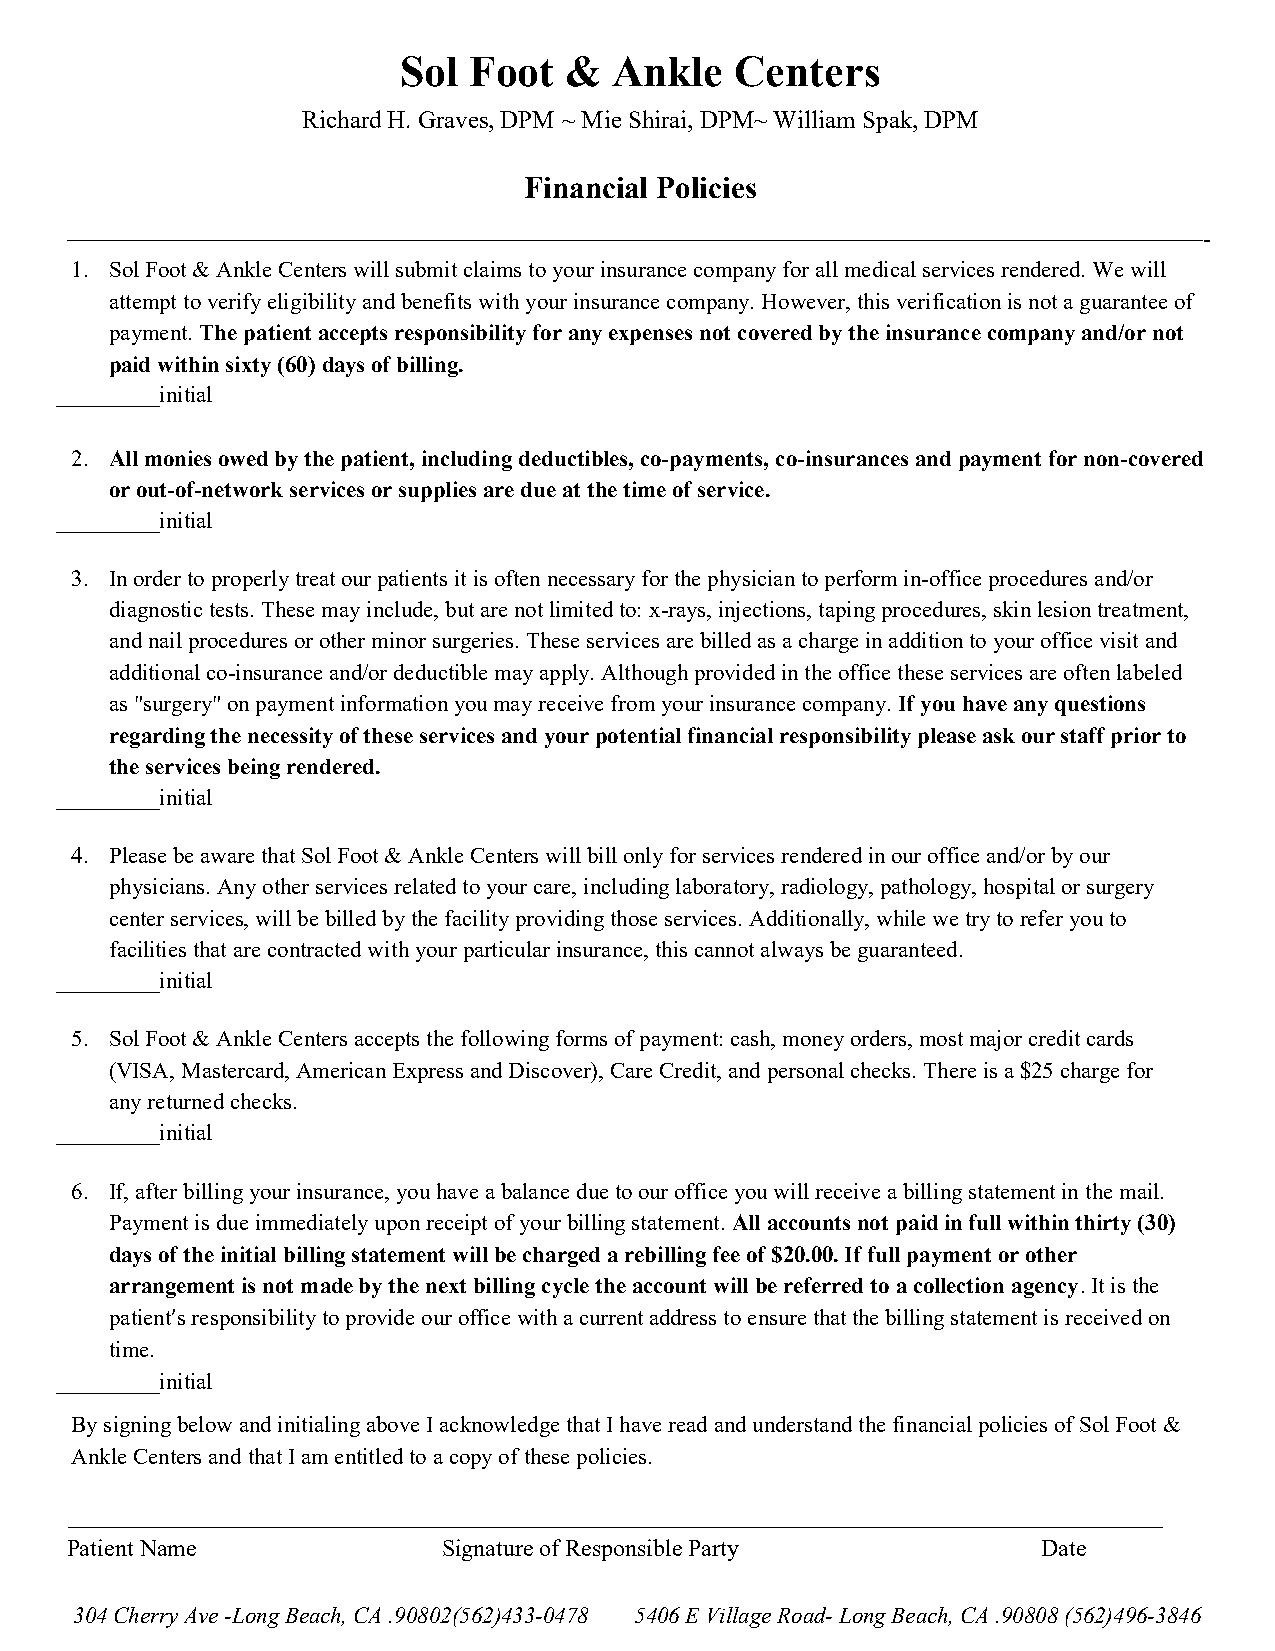
Sol  Foot  &   Ankle   Centers
 Richard H. Graves, DPM ~ Mie Shirai, DPM~ William Spak, DPM
 Financial Policies
 ——————————————————————————————————————————————–—-
 1. Sol Foot & Ankle Centers will submit claims to your insurance company for all medical services rendered. We will
 attempt to verify eligibility and benefits with your insurance company. However, this verification is not a guarantee of
 payment. The patient accepts responsibility for any expenses not covered by the insurance company and/or not
 paid within sixty (60) days of billing.
 _________initial
 2. All monies owed by the patient, including deductibles, co-payments, co-insurances and payment for non-covered
 or out-of-network services or supplies are due at the time of service.
 _________initial
 3. In order to properly treat our patients it is often necessary for the physician to perform in-office procedures and/or
 diagnostic tests. These may include, but are not limited to: x-rays, injections, taping procedures, skin lesion treatment,
 and nail procedures or other minor surgeries. These services are billed as a charge in addition to your office visit and
 additional co-insurance and/or deductible may apply. Although provided in the office these services are often labeled
 as "surgery" on payment information you may receive from your insurance company. If you have any questions
 regarding the necessity of these services and your potential financial responsibility please ask our staff prior to
 the services being rendered.
 _________initial
 4. Please be aware that Sol Foot & Ankle Centers will bill only for services rendered in our office and/or by our
 physicians. Any other services related to your care, including laboratory, radiology, pathology, hospital or surgery
 center services, will be billed by the facility providing those services. Additionally, while we try to refer you to
 facilities that are contracted with your particular insurance, this cannot always be guaranteed.
 _________initial
 5. Sol Foot & Ankle Centers accepts the following forms of payment: cash, money orders, most major credit cards
 (VISA, Mastercard, American Express and Discover), Care Credit, and personal checks. There is a $25 charge for
 any returned checks.
 _________initial
 6. If, after billing your insurance, you have a balance due to our office you will receive a billing statement in the mail.
 Payment is due immediately upon receipt of your billing statement. All accounts not paid in full within thirty (30)
 days of the initial billing statement will be charged a rebilling fee of $20.00. If full payment or other
 arrangement is not made by the next billing cycle the account will be referred to a collection agency. It is the
 patient’s responsibility to provide our office with a current address to ensure that the billing statement is received on
 time.
 _________initial
 By signing below and initialing above I acknowledge that I have read and understand the financial policies of Sol Foot &
 Ankle Centers and that I am entitled to a copy of these policies.
 Patient Name             Signature of Responsible Party          Date
 304 Cherry Ave -Long Beach, CA .90802(562)433-0478 5406 E Village Road- Long Beach, CA .90808 (562)496-3846